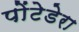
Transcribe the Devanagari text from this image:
पोंटेडेरा